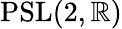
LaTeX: \mathrm{{PSL}}(2,\mathbb{R})